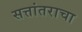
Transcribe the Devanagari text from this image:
सत्तांतराचा